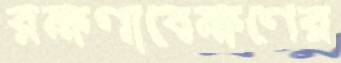
রক্ষণাবেক্ষণের